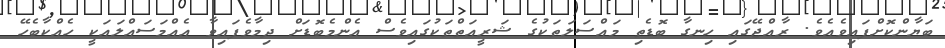
ބަޔާންކޮށްފައިވެއެވެ. ރާއްޖޭގައި ހިނގާ ބޮޑެތި މައްސަލަތަކުގެ ޝަރީއަތްތަކުގައިވެސް އެންމެބޮޑަށް ދިމާވެފައިވާ އެއްމަސައްލައަކީ ހެއްކާބެހޭ